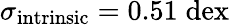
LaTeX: \sigma_{\mathrm{intrinsic}}=0.51\; \mathrm{dex}